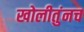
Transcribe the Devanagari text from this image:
खोलीतुंनच